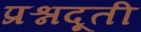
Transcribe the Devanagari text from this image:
प्रश्नदूती